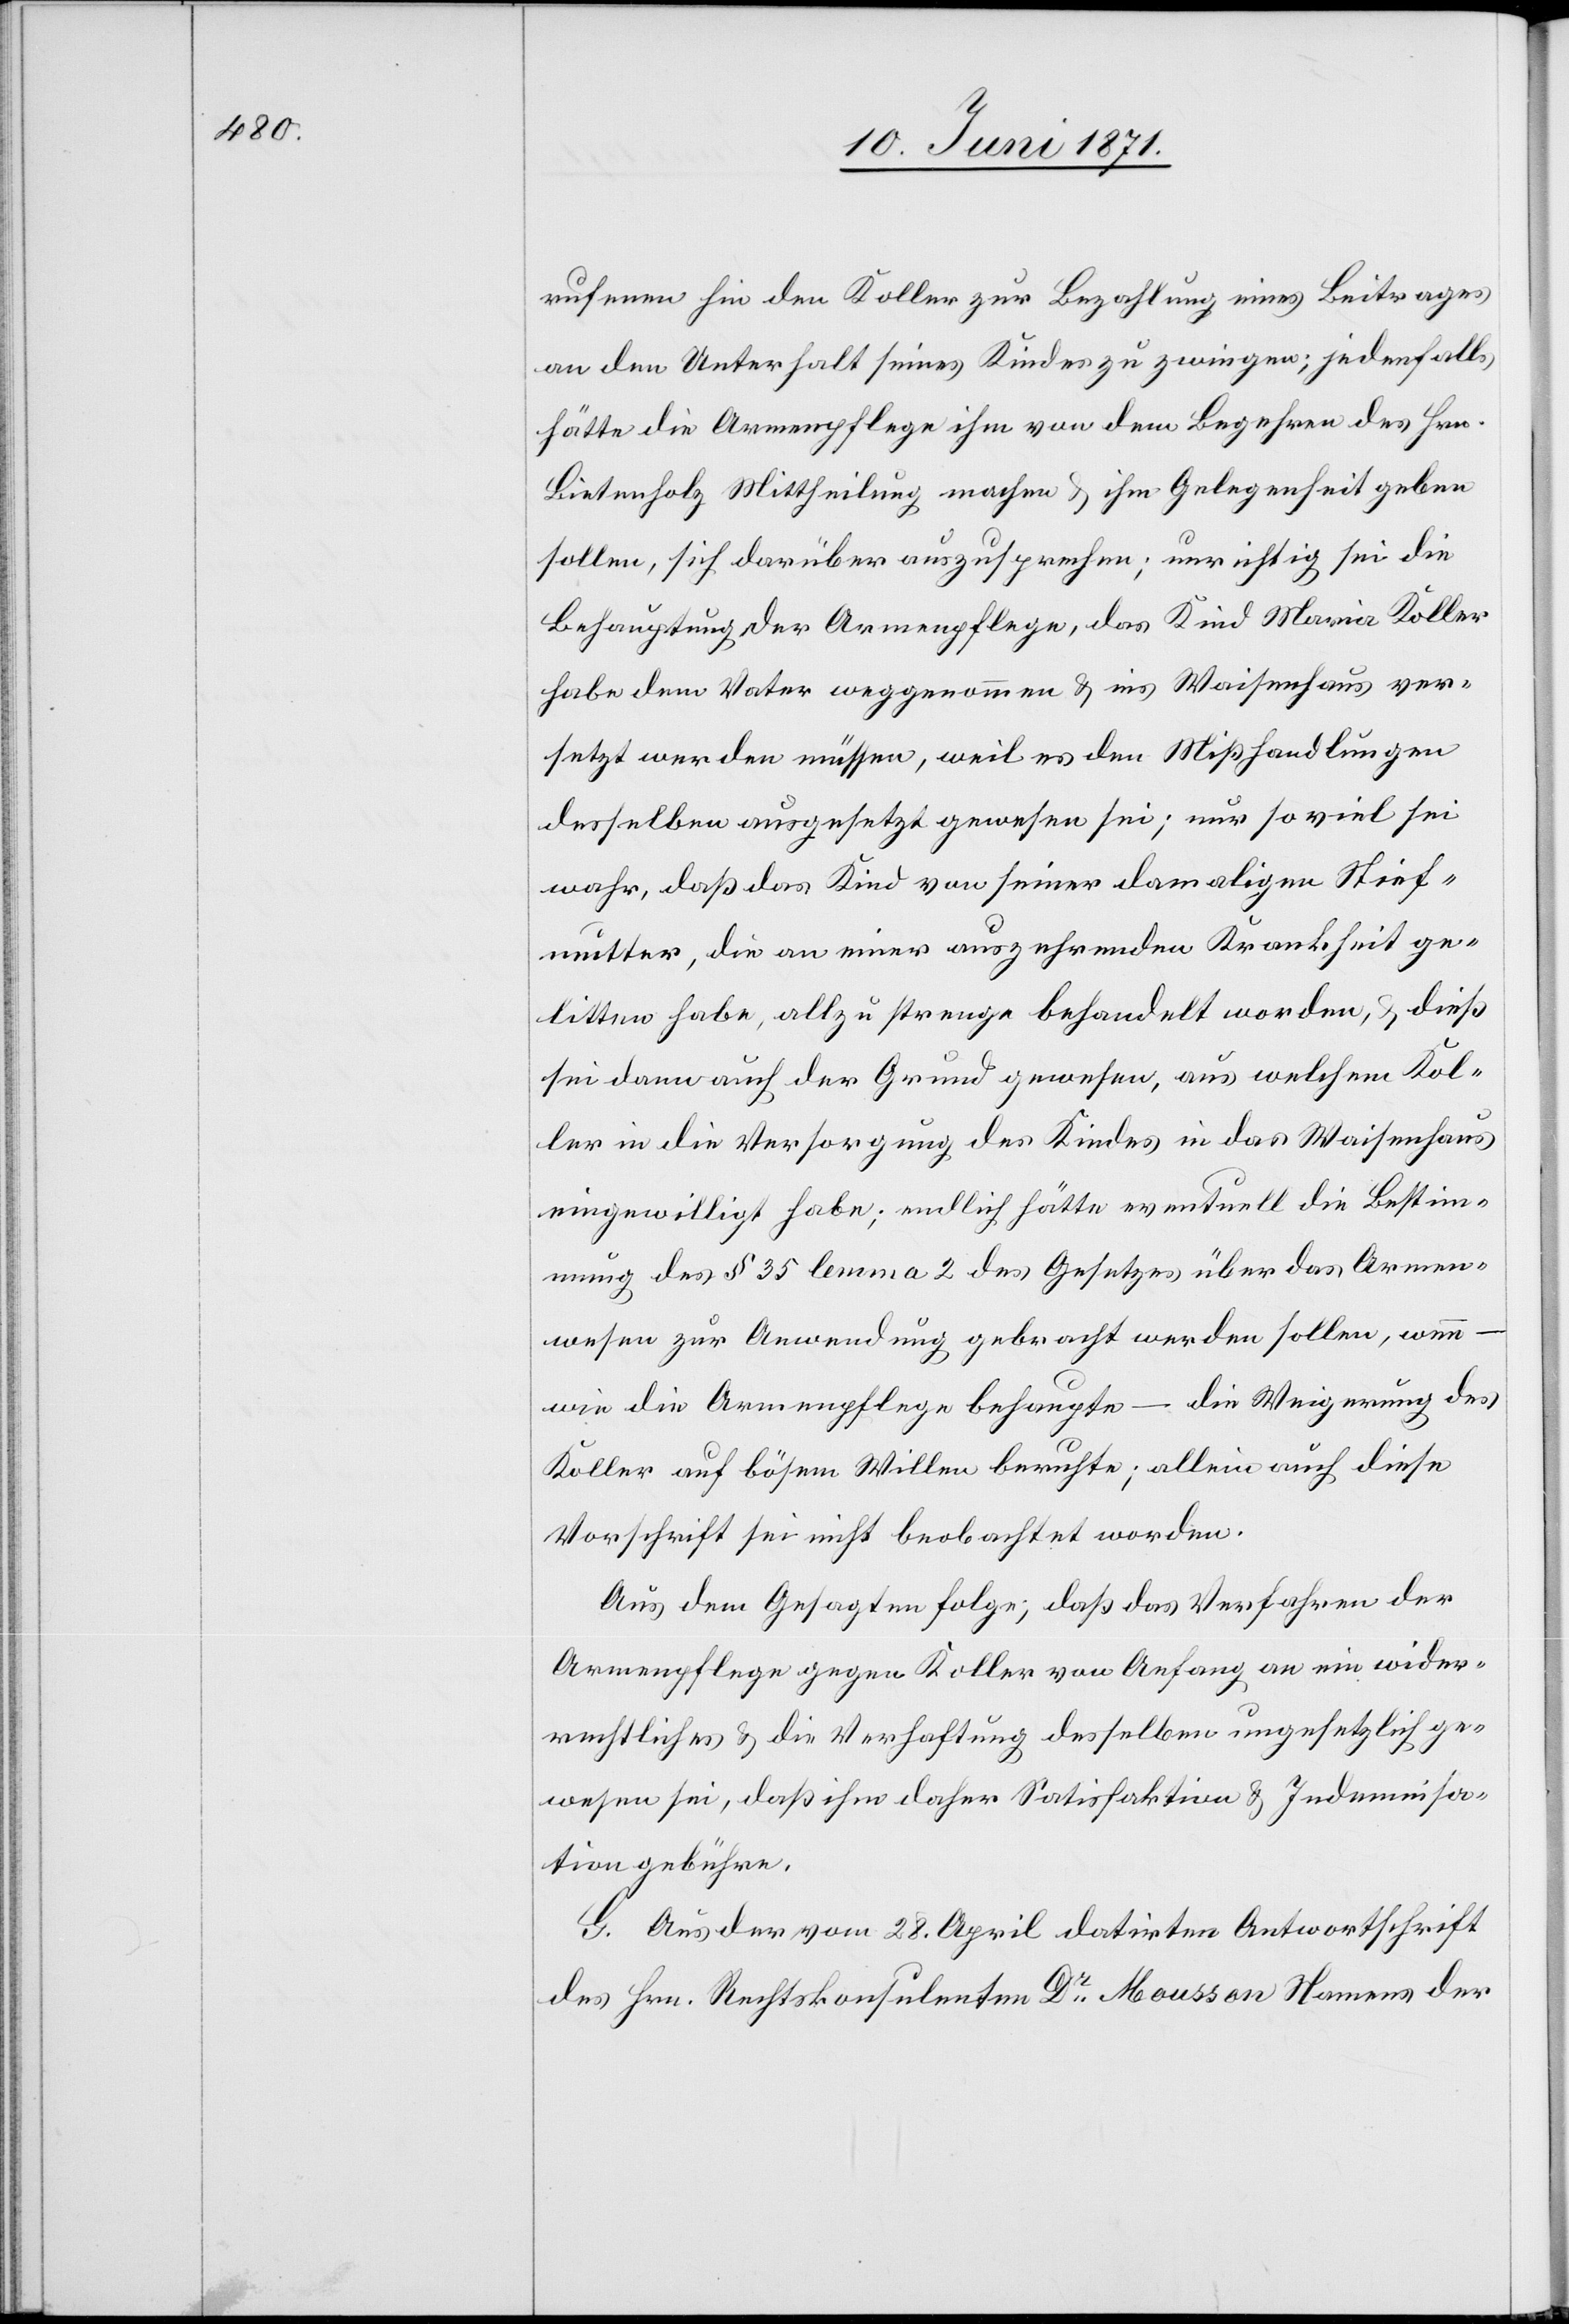
rufenen hin den Koller zur Bezahlung eines Beitrages
an den Unterhalt seines Kindes zu zwingen; jedenfalls
hätte die Armenpflege ihm von dem Begehren des Hrn.
Bietenholz Mittheilung machen u. ihm Gelegenheit geben
sollen, sich darüber auszusprechen; unrichtig sei die
Behauptung der Armenpflege, das Kind Maria Koller
habe dem Vater weggenommen u. ins Waisenhaus ver¬
setzt werden müssen, weil es den Mißhandlungen
desselben ausgesetzt gewesen sei; nur so viel sei
wahr, daß das Kind von seiner damaligen Stief¬
mutter, die an einer auszehrenden Krankheit ge¬
litten habe, allzu strenge behandelt worden, u. dieß
sei dann auch der Grund gewesen, aus welchem Kol¬
ler in die Versorgung des Kindes in das Waisenhaus
eingewilligt habe; endlich hätte eventuell die Bestim¬
mung des § 35 lemma 2 des Gesetzes über das Armen¬
wesen zur Anwendung gebracht werden sollen, wenn
wie die Armenpflege behaupte – die Weigerung des
Koller auf bösem Willen beruhte; allein auch diese
Vorschrift sei nicht beobachtet worden.
Aus dem Gesagten folge; daß das Verfahren der
Armenpflege gegen Koller von Anfang an ein wider¬
rechtliches u. die Verhaftung desselben ungesetzlich ge¬
wesen sei, daß ihm daher Satisfaktion u. Indemnisa¬
tion gebühre.
G. Aus der vom 28. April datirten Antwortschrift
des Hrn. Rechtskonsulenten Dr. Mousson Namens der